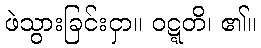
ဖဲသွားခြင်းငှာ။ ဝဋ္ဋတိ၊ ၏။